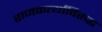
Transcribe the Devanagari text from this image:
राजकर्त्यांविरुद्ध